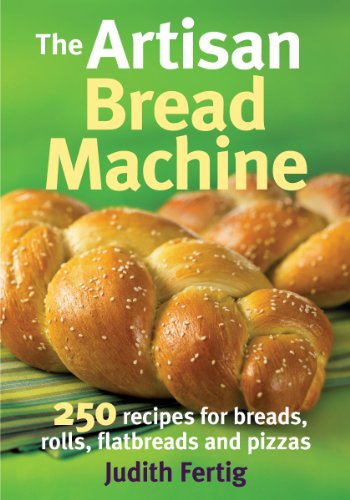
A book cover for The Artisan Bread Machine: 250 Recipes for Breads, Rolls, Flatbreads and Pizzas; Judith Fertig; Cookbooks, Food & Wine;